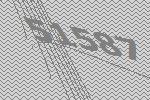
51587